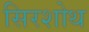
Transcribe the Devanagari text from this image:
सिरशोथ